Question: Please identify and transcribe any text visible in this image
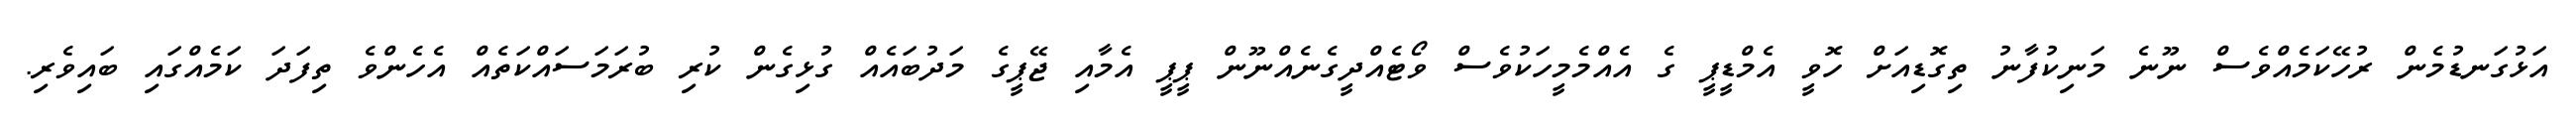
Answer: އަޅުގަނޑުމެން ރުހޭކަމެއްވެސް ނޫނެ މަނިކުފާނު ތިގޮޑިއަށް ހޮވީ އެމްޑީޕީ ގެ އެއްމެމީހަކުވެސް ވޯޓެއްދީގެނެއްނޫން ޕީޕީ އެމާއި ޖޭޕީގެ މަދުބައެއް ގުޅިގެން ކުރި ބުރަމަސައްކަތެއް އެހެންވެ ތިފަދަ ކަމެއްގައި ބައިވެރި.